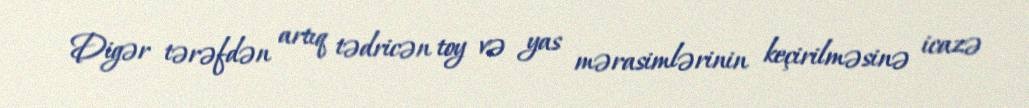
Digər tərəfdən artıq tədricən toy və yas mərasimlərinin keçirilməsinə icazə